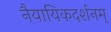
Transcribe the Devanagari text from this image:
नैयायिकदर्शनम्